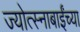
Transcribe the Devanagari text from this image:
ज्योत्स्नाबाईंच्या